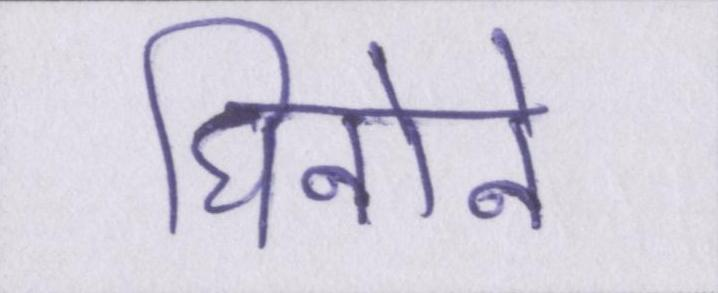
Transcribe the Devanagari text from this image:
घिनोने